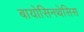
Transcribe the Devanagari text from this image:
बायोसिनथेसिस